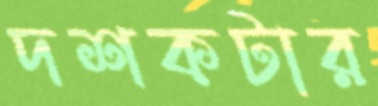
দশকটার